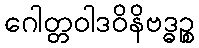
ဂေါတ္တဝါဒဝိနိဗဒ္ဓဉ္စ